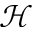
\mathcal { H }